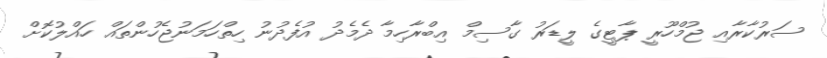
ސަރުކާރާއި ޖުމްހޫރީ ޕާޓީގެ ލީޑަރު ގާސިމް އިބްރާހިމާ ދެމެދު އުފެދުނު ހިތްހަމަނުޖެހުންތައް ހައްލުކޮށް